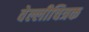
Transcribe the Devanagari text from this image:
वेल्लीचित्रक